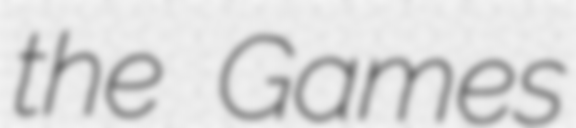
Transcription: the Games